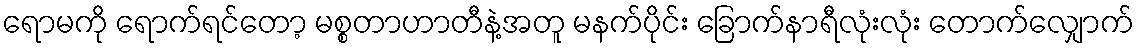
ရောမကို ရောက်ရင်တော့ မစ္စတာဟာတီနဲ့အတူ မနက်ပိုင်း ခြောက်နာရီလုံးလုံး တောက်လျှောက်